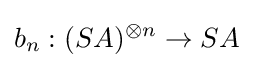
b_{n}:(SA)^{\otimes n}\to SA